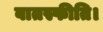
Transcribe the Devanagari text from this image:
वातस्फीति।